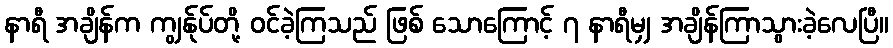
နာရီ အချိန်က ကျွန်ုပ်တို့ ဝင်ခဲ့ကြသည် ဖြစ် သောကြောင့် ၇ နာရီမျှ အချိန်ကြာသွားခဲ့လေပြီ။